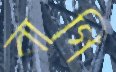
বাগি